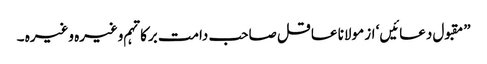
”مقبول دعائیں‘ از مولانا عاقل صاحب دامت برکاتہم وغیرہ وغیرہ ۔